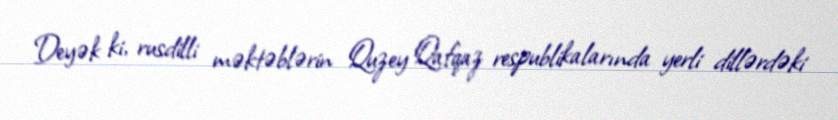
Deyək ki, rusdilli məktəblərin Quzey Qafqaz respublikalarında yerli dillərdəki